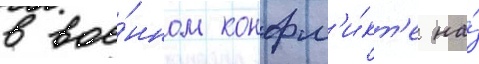
в вое́нном конфл'и́кт'е на́